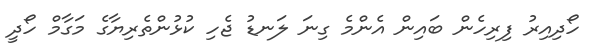
ހޯދިއިރު ފިރިހެން ބައިން އެންމެ ގިނަ ލަނޑު ޖެހި ކުޅުންތެރިޔާގެ މަގާމް ހޯދީ